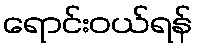
ရောင်းဝယ်ရန်